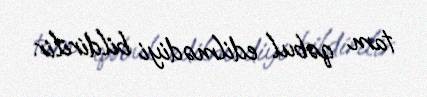
tam qəbul edilmədiyi bildirilir.